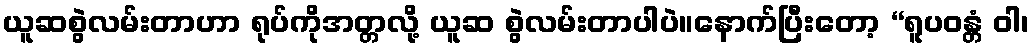
ယူဆစွဲလမ်းတာဟာ ရုပ်ကိုအတ္တလို့ ယူဆ စွဲလမ်းတာပါပဲ။နောက်ပြီးတော့ “ရူပဝန္တံ ဝါ၊